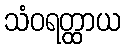
သံဝရတ္ထာယ